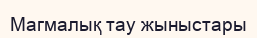
Магмалық тау жыныстары